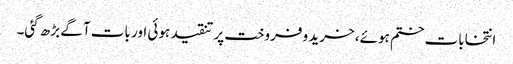
انتخابات ختم ہوئے، خرید و فروخت پر تنقید ہوئی اور بات آگے بڑھ گئی۔